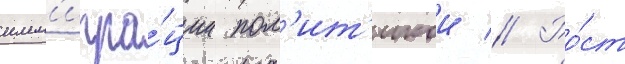
имм'игра́ции пол'ит'икои // Ро́ст